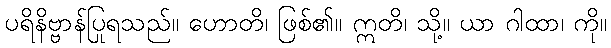
ပရိနိဗ္ဗာန်ပြုရသည်။ ဟောတိ၊ ဖြစ်၏။ ဣတိ၊ သို့။ ယာ ဂါထာ၊ ကို။